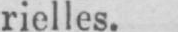
rielles.